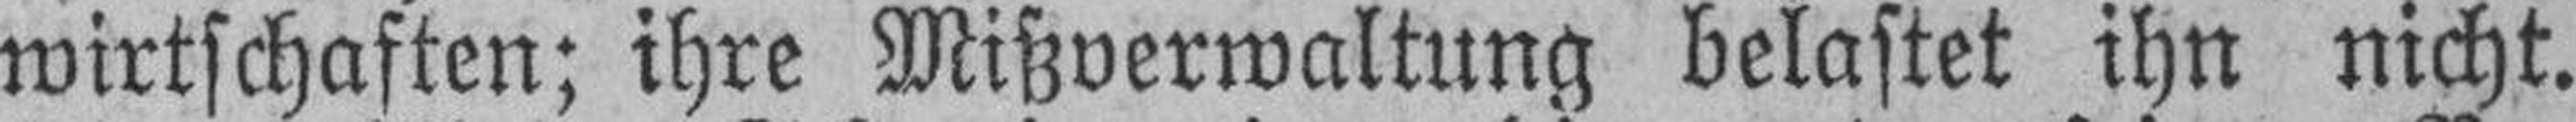
wirtschaften; ihre Mißverwaltung belastet ihn nicht.